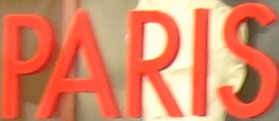
PARIS